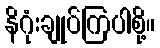
နိဂုံးချုပ်ကြပါစို့။